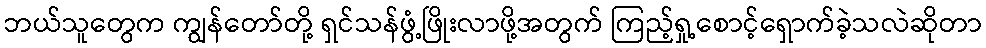
ဘယ်သူတွေက ကျွန်တော်တို့ ရှင်သန်ဖွံ့ဖြိုးလာဖို့အတွက် ကြည့်ရှု့စောင့်ရှောက်ခဲ့သလဲဆိုတာ